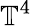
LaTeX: \mathbb{T}^{4}